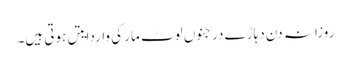
روزانہ دن دہاڑے درجنوں لوٹ مار کی واردایتں ہوتی ہیں۔